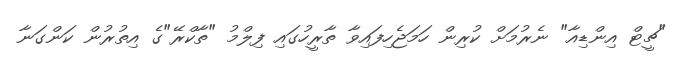
"ޗީޓް އިންޑިއާ" ނެރުމަށް ކުރިން ހަމަޖެހިފައިވާ ތާރީހުގައި ފިލްމު "ތާކްރޭ"ގެ އިތުރުން ކަންގަނާ